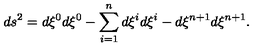
d s ^ { 2 } = d \xi ^ { 0 } d \xi ^ { 0 } - \sum _ { i = 1 } ^ { n } d \xi ^ { i } d \xi ^ { i } - d \xi ^ { n + 1 } d \xi ^ { n + 1 } .